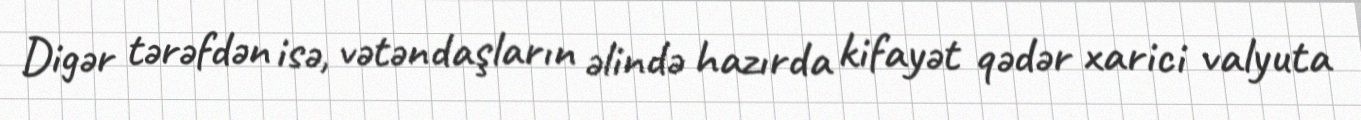
Digər tərəfdən isə, vətəndaşların əlində hazırda kifayət qədər xarici valyuta